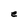
Character: e